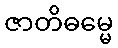
ဇာတိဓမ္မေ